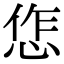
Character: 㤰